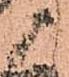
候